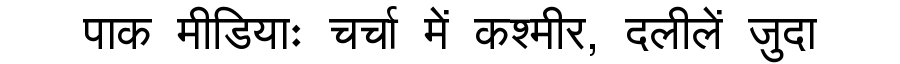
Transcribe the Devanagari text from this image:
पाक मीडियाः चर्चा में कश्मीर, दलीलें जुदा